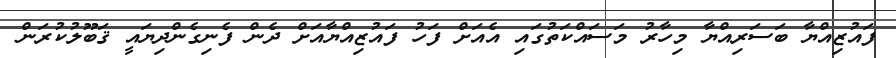
ފައުޒިއްޔާ ބަސަރިއްޔާ މިހާރު މަސައްކަތުގައި އެއަށް ފަހު ފައުޒިއްޔާއަށް ދެން ފެނިގެންދިޔައީ ޤަބޫލުކުރަން